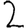
Digit: 2